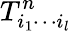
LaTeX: T_{i_{1}\cdots i_{l}}^{n}